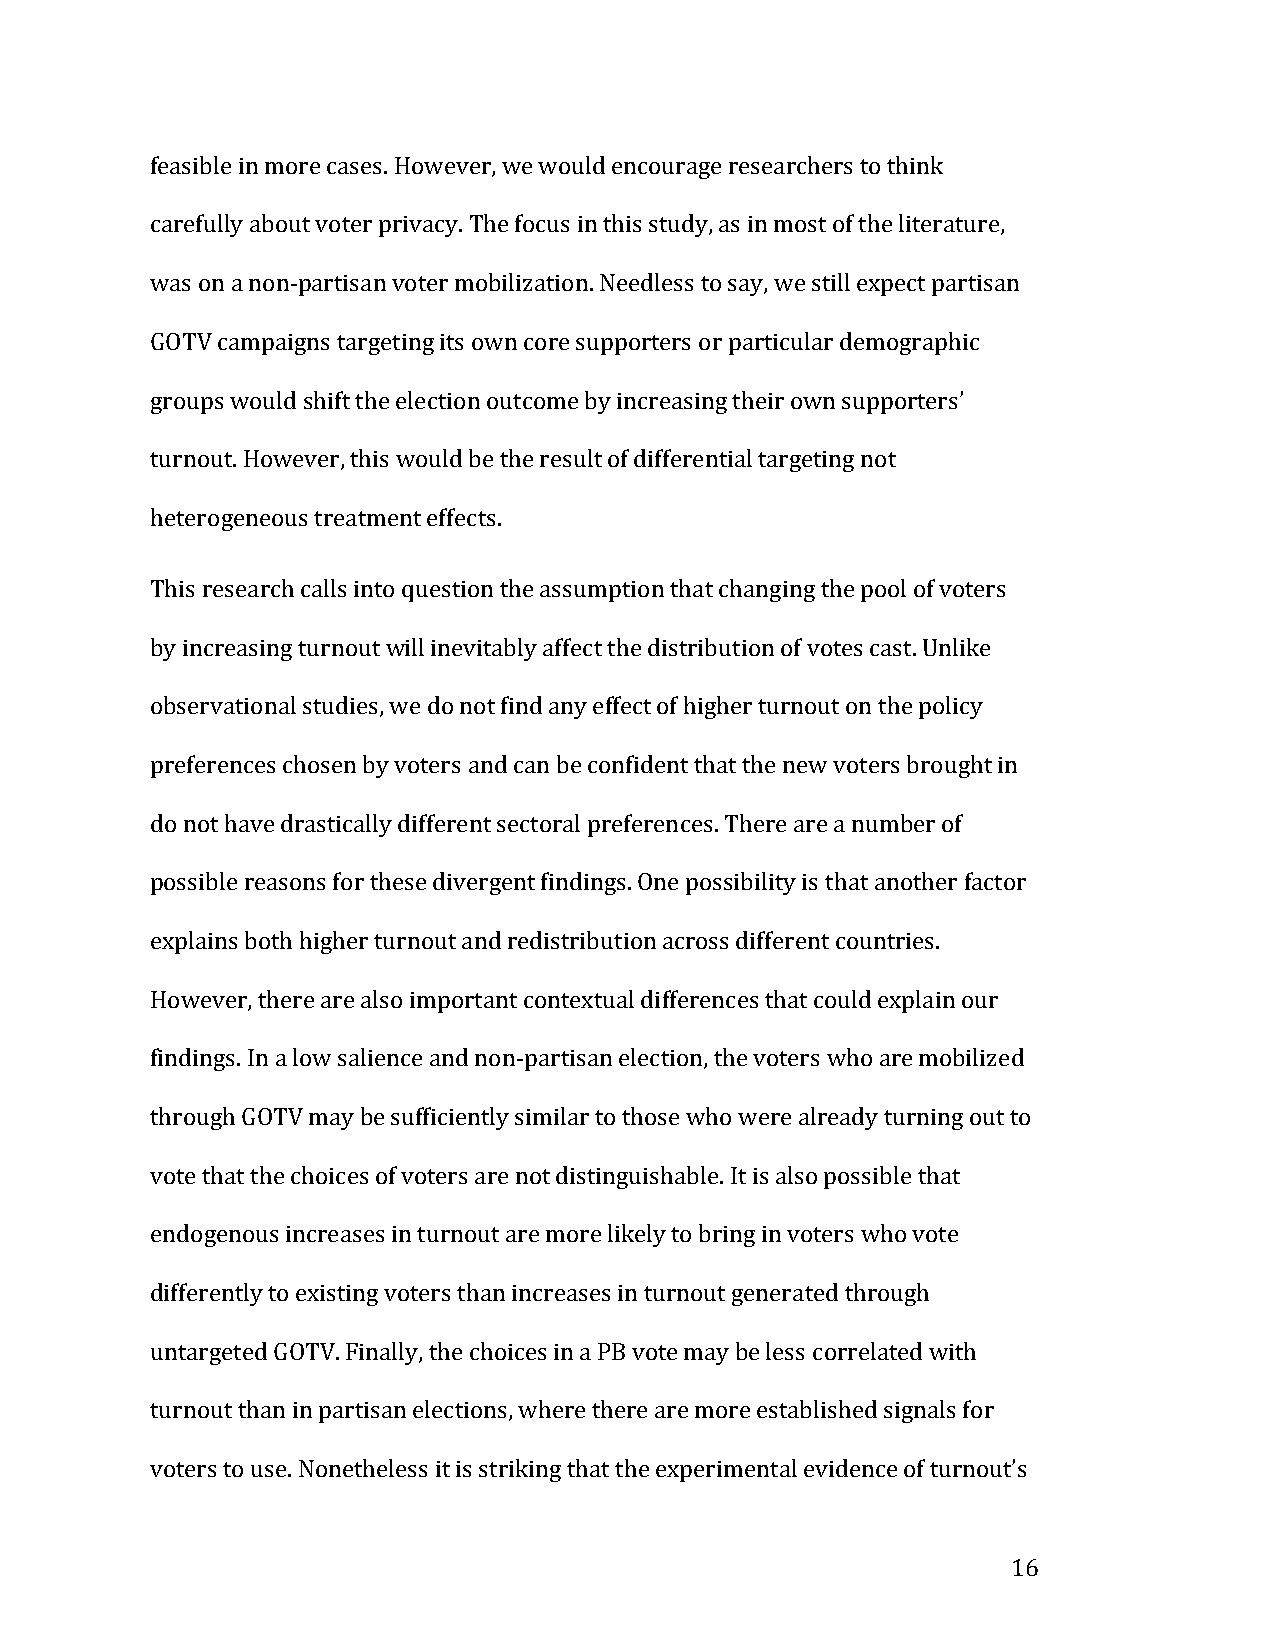
feasible in more cases. However, we would encourage researchers to think
 carefully about voter privacy. The focus in this study, as in most of the literature,
 was on a non-partisan voter mobilization. Needless to say, we still expect partisan
 GOTV campaigns targeting its own core supporters or particular demographic
 groups would shift the election outcome by increasing their own supporters’
 turnout. However, this would be the result of differential targeting not
 heterogeneous treatment effects.
 This research calls into question the assumption that changing the pool of voters
 by increasing turnout will inevitably affect the distribution of votes cast. Unlike
 observational studies, we do not find any effect of higher turnout on the policy
 preferences chosen by voters and can be confident that the new voters brought in
 do not have drastically different sectoral preferences. There are a number of
 possible reasons for these divergent findings. One possibility is that another factor
 explains both higher turnout and redistribution across different countries.
 However, there are also important contextual differences that could explain our
 findings. In a low salience and non-partisan election, the voters who are mobilized
 through GOTV may be sufficiently similar to those who were already turning out to
 vote that the choices of voters are not distinguishable. It is also possible that
 endogenous increases in turnout are more likely to bring in voters who vote
 differently to existing voters than increases in turnout generated through
 untargeted GOTV. Finally, the choices in a PB vote may be less correlated with
 turnout than in partisan elections, where there are more established signals for
 voters to use. Nonetheless it is striking that the experimental evidence of turnout’s
 16